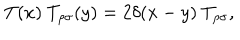
LaTeX: T ( x ) ~ T _ { \rho \sigma } ( y ) = 2 \delta ( x - y ) ~ T _ { \rho \sigma } ,